Vaccine operations Central Provinces 1868-1885 - 1868-1885
Year: 1868
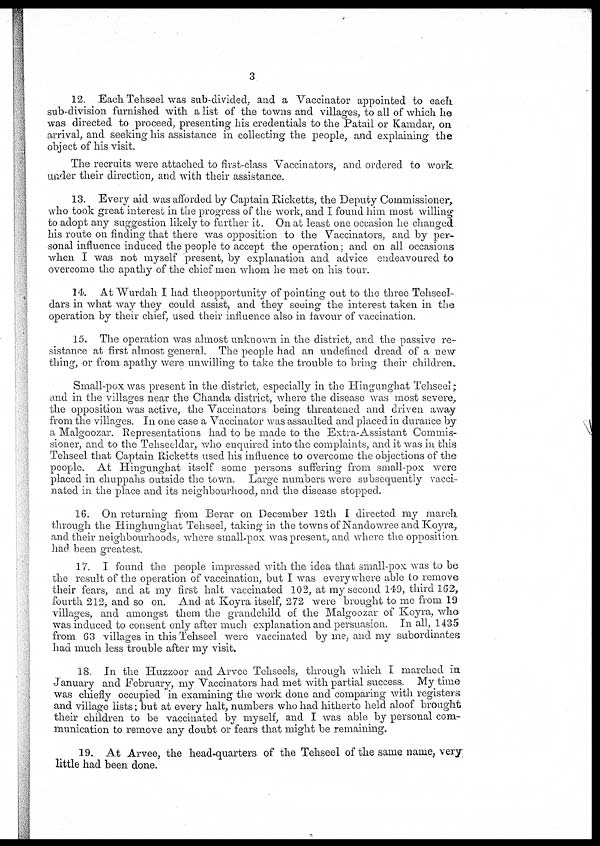
3
12. Each Tehseel was sub-divided, and a Vaccinator appointed to each
sub-division furnished with a list of the towns and villages, to all of which he
was directed to proceed, presenting his credentials to the Patail or Kamdar, on
arrival, and seeking his assistance in collecting the people, and explaining the
object of his visit.
The recruits were attached to first-class Vaccinators, and ordered to work
under their direction, and with their assistance.
13. Every aid was afforded by Captain Ricketts, the Deputy Commissioner,
who took great interest in the progress of the work, and I found him most willing
to adopt any suggestion likely to further it. On at least one occasion he changed
his route on finding that there was opposition to the Vaccinators, and by per-
sonal influence induced the people to accept the operation; and on all occasions
when I was not myself present, by explanation and advice endeavoured to
overcome the apathy of the chief men whom he met on his tour.
14. At Wurdah I had theopportunity of pointing out to the three Tehseel¬
dars in what way they could assist, and they seeing the interest taken in the
operation by their chief, used their influence also in favour of vaccination.
15. The operation was almost unknown in the district, and the passive re-
sistance at first almost general. The people had an undefined dread of a new
thing, or from apathy were unwilling to take the trouble to bring their children.
Small-pox was present in the district, especially in the Hingunghat Tehseel;
and in the villages near the Chanda district, where the disease was most severe,
the opposition was active, the Vaccinators being threatened and driven away
from the villages. In one case a Vaccinator was assaulted and placed in durance by
a Malgoozar. Representations had to be made to the Extra-Assistant Commis-
sioner, and to the Tehseeldar, who enquired into the complaints, and it was in this
Tehseel that Captain Ricketts used his influence to overcome the objections of the
people. At Hingunghat itself some persons suffering from small-pox were
placed in chuppahs outside the town. Large numbers were subsequently vacci-
nated in the place and its neighbourhood, and the disease stopped.
16. On returning from Berar on December 12th I directed my march
through the Hinghunghat Tehseel, taking in the towns of Nandowree and Koyra,
and their neighbourhoods, where small-pox was present, and where the opposition
had been greatest.
17. I found the people impressed with the idea that small-pox was to be
the result of the operation of vaccination, but I was everywhere able to remove
their fears, and at my first halt vaccinated 102, at my second 149, third 162,
fourth 212, and so on. And at Koyra itself, 272 were brought to me from 19
villages, and amongst them the grandchild of the Malgoozar of Koyra, who
was induced to consent only after much explanation and persuasion. In all, 1435
from 63 villages in this Tehseel were vaccinated by me, and my subordinates
had much less trouble after my visit.
18. In the Huzzoor and Arvee Tehseels, through which I marched in
January and February, my Vaccinators had met with partial success. My time
was chiefly occupied in examining the work done and comparing with registers
and village lists; but at every halt, numbers who had hitherto held aloof brought
their children to be vaccinated by myself, and I was able by personal com-
munication to remove any doubt or fears that might be remaining.
19. At Arvee, the head-quarters of the Tehseel of the same name, very
little had been done.